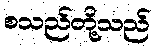
စသည်တို့သည်